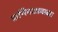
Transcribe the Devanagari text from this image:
प्राणिमात्राबाबत